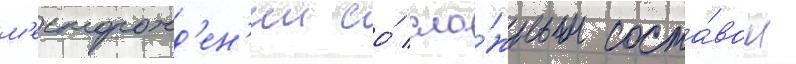
м'есторожд'ен'ии со́ сло́жным соста́вом